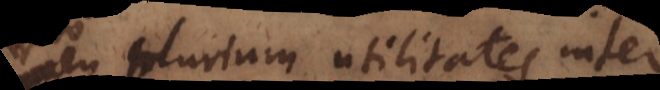
ro plurium utilitates inter